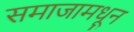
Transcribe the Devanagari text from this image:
समाजामधून